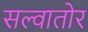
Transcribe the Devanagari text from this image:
सल्वातोर